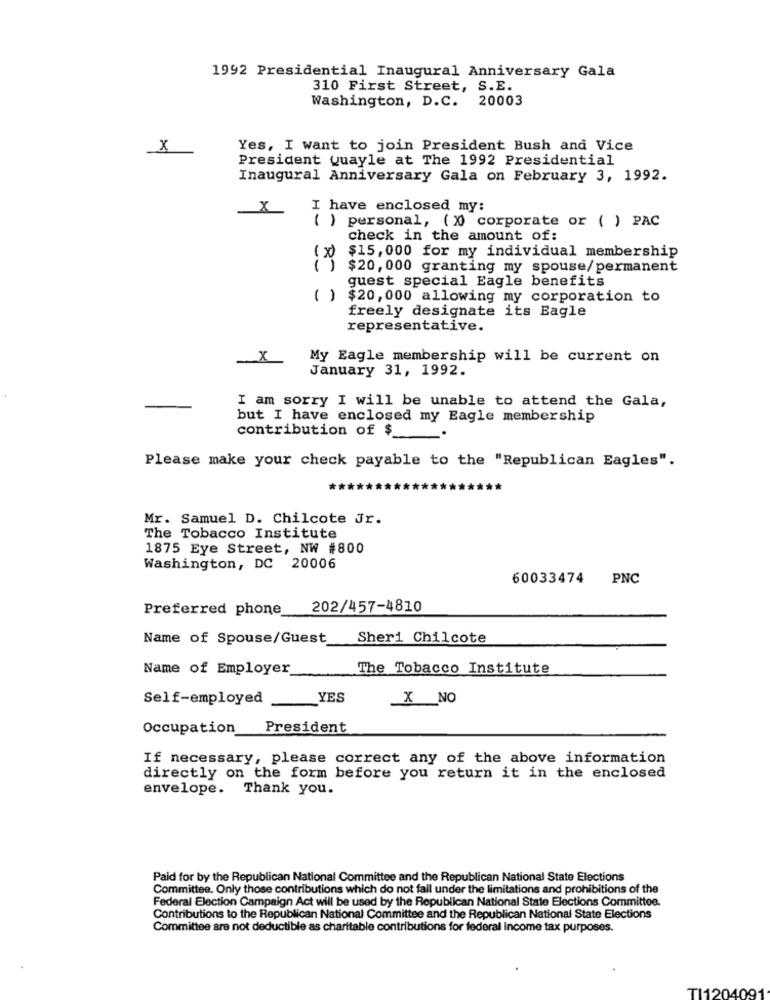
1992 Presidential Inaugural Anniversary Gala
310 First Street, S.E.
Washington, D.C. 20003
X
Yes, I want to join President Bush and Vice
President Quayle at The 1992 Presidential
Inaugural Anniversary Gala on February 3, 1992.
X
I have enclosed my:
( ) personal, (X) corporate or ( ) PAC
check in the amount of:
$15, 000 for my individual membership
(x)
$20, 000 granting my spouse/permanent
guest special Eagle benefits
( ) $20,000 allowing my corporation to
freely designate its Eagle
representative.
X
My Eagle membership will be current on
January 31, 1992.
I am sorry I will be unable to attend the Gala,
but I have enclosed my Eagle membership
contribution of $_
Please make your check payable to the "Republican Eagles".
Mr. Samuel D. Chilcote Jr.
The Tobacco Institute
1875 Eye Street, NW #800
Washington, DC 20006
60033474 PNC
Preferred phone
202/457-4810
Name of Spouse/Guest
Sheri Chilcote
Name of Employer
The Tobacco Institute
Self-employed
YES
X NO
Occupation
President
If necessary, please correct any of the above information
directly on the form before you return it in the enclosed
envelope. Thank you.
Paid for by the Republican National Committee and the Republican National State Elections
Committee. Only those contributions which do not fall under the limitations and prohibitions of the
Federal Election Campaign Act will be used by the Republican National State Elections Committee.
Contributions to the Republican National Committee and the Republican National State Elections
Committee are not deductible as charitable contributions for federal income tax purposes.
TI1204091